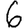
Digit: 6